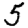
Digit: 5